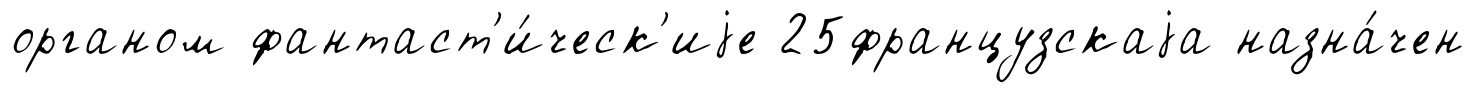
органом фантаст'и́ческ'иjе 25французскаjа назна́чен